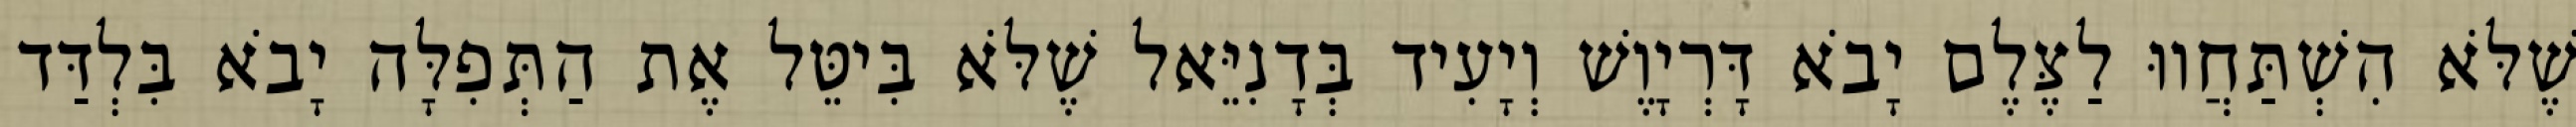
שֶׁלֹּא הִשְׁתַּחֲווּ לַצֶּלֶם יָבֹא דָּרְיָוֶשׁ וְיָעִיד בְּדָנִיֵּאל שֶׁלֹּא בִּיטֵּל אֶת הַתְּפִלָּה יָבֹא בִּלְדַּד